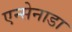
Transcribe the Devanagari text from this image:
एन्सेनाडा